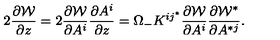
2 { \frac { \partial { \cal W } } { \partial z } } = 2 { \frac { \partial { \cal W } } { \partial A ^ { i } } } { \frac { \partial A ^ { i } } { \partial z } } = \Omega _ { - } K ^ { i j ^ { * } } { \frac { \partial { \cal W } } { \partial A ^ { i } } } \frac { \partial { \cal W } ^ { * } } { \partial A ^ { * j } } .